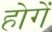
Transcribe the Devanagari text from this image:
होगेंं